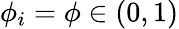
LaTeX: \phi_{i}=\phi\in(0,1)